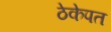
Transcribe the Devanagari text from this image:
ठेकेपत